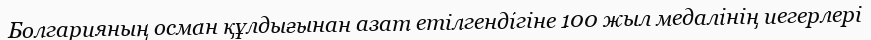
Болгарияның осман құлдығынан азат етілгендігіне 100 жыл медалінің иегерлері